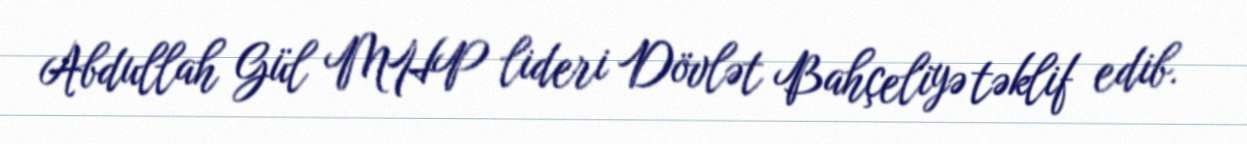
Abdullah Gül MHP lideri Dövlət Bahçeliyə təklif edib.